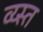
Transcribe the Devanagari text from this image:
व्य्स्त